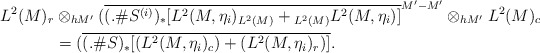
\begin{align*}L^2(M)_r&\otimes_{h M'}(\overline{(.\#S^{(i)})_*[L^2(M,\eta_i)_{L^2(M)}+{}_{L^2(M)}L^2(M,\eta_i)]}^{M'-M'} \otimes_{h M'}L^2(M)_c\\&=(\overline{(.\#S)_*[(L^2(M,\eta_i)_c)+(L^2(M,\eta_i)_r)]}.\end{align*}